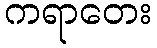
ကရာတေး